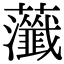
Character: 虃